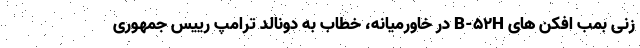
زنی بمب افکن های B-۵۲H در خاورمیانه، خطاب به دونالد ترامپ رییس جمهوری